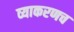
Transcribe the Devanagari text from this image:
व्याकरणच